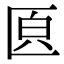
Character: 𠥁